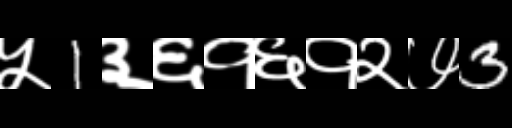
Text: ५1३६१६१२७3